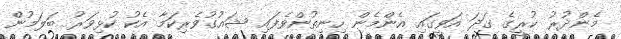
މެންދުރު ކުރީގެ ގަދަ އަވީގައި އެންމެން ހިނިތުންވެފައި ޝައުގުވެރިކަމާ އެކު ކުޅިވަރު ބަލަމުން